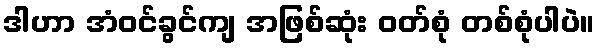
ဒါဟာ အံဝင်ခွင်ကျ အဖြစ်ဆုံး ဝတ်စုံ တစ်စုံပါပဲ။